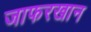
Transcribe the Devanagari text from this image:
जाफरखान